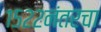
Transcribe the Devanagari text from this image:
१५२२नंतरचा